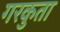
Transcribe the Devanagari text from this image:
गरकुता